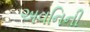
અવનિની